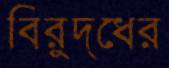
বিরুদ্ধের